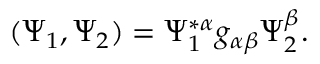
( \Psi _ { 1 } , \Psi _ { 2 } ) = \Psi _ { 1 } ^ { * \alpha } g _ { \alpha \beta } \Psi _ { 2 } ^ { \beta } .